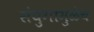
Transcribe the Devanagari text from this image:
संयुगामुळेच